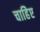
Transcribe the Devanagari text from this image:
चाहिेए